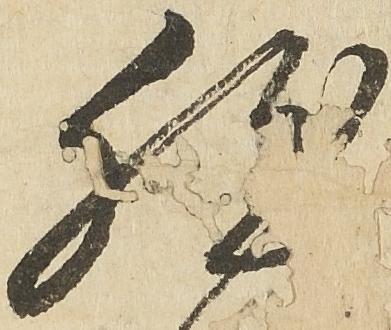
然